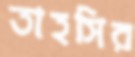
তাহসির